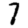
Digit: 7